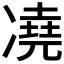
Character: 𪞭